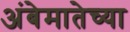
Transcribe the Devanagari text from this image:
अंबेमातेच्या